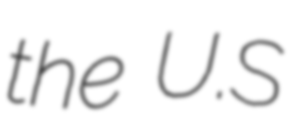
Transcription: the U.S